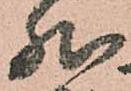
然